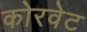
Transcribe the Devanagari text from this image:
कोरवेट